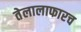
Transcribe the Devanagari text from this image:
तेलालाफारच